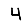
Digit: 4